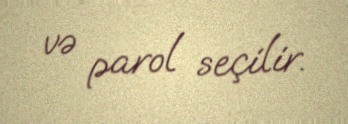
və parol seçilir.